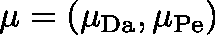
\mathbf { \mu } = ( \mu _ { \mathrm { D a } } , \mu _ { \mathrm { P e } } )